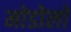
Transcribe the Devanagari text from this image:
मोडोलो